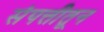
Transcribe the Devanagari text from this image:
संपत्तीतून